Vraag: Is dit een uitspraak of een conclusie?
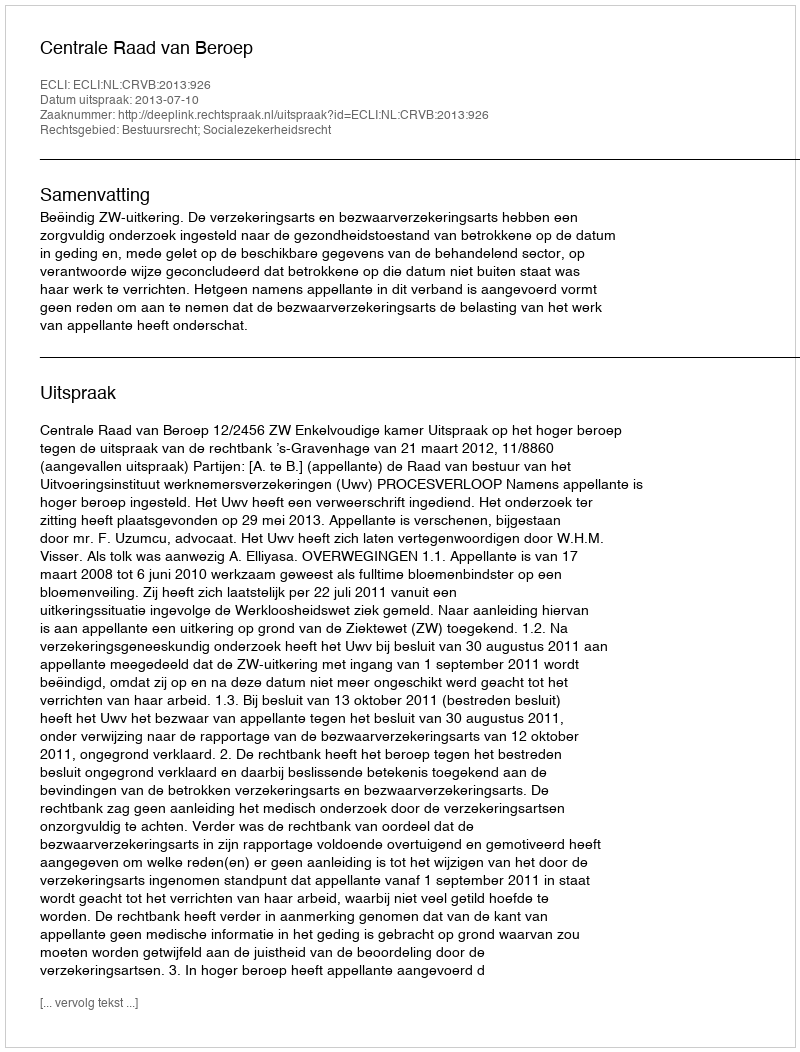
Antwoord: Uitspraak